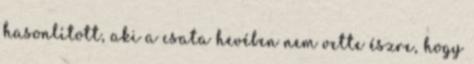
hasonlított, aki a csata hevében nem vette észre, hogy